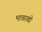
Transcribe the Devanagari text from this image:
भावरखो